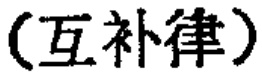
（互补律）